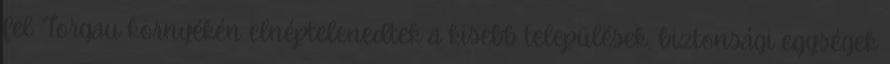
fel. Torgau környékén elnéptelenedtek a kisebb települések, biztonsági egységek